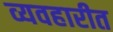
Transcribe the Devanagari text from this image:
व्यवहारीत